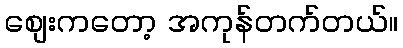
စျေးကတော့ အကုန်တက်တယ်။